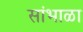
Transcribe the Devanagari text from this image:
सांभाळा